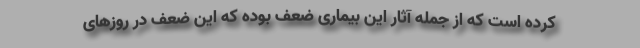
کرده است که از جمله آثار این بیماری ضعف بوده که این ضعف در روزهای